Indian journal of veterinary science and animal husbandry - Volume 13,
Year: 1943
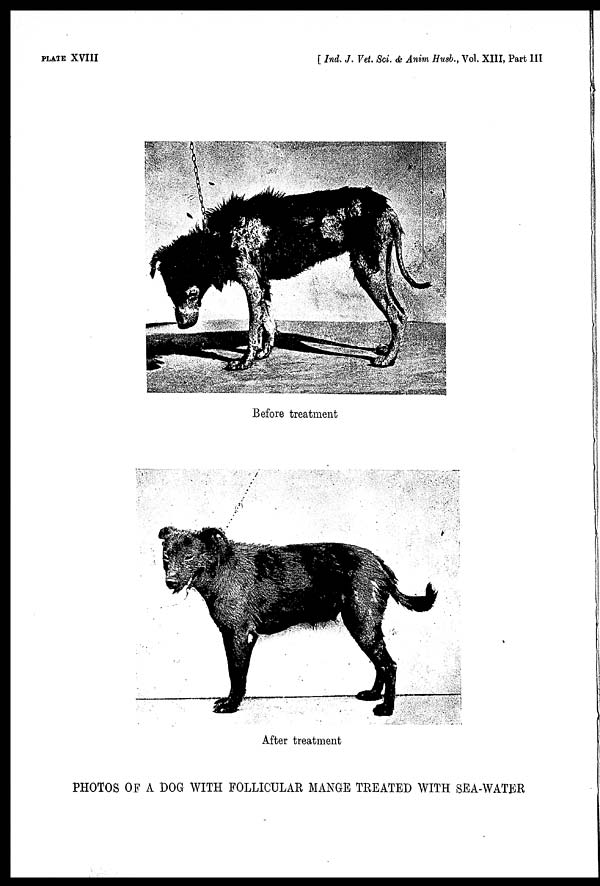
PLATE XVIII
[
Ind. J. Vet. Sci. & Anim Husb., Vol. XIII, Part III
Before treatment
After treatment
PHOTOS OF A DOG WITH FOLLICULAR MANGE TREATED WITH SEA-WATER